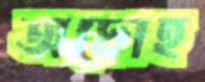
অদ্রোহ